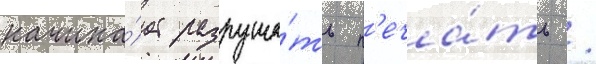
начина́ет разруша́ть п'еча́ть /